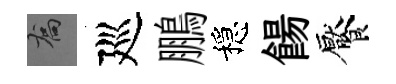
喬廵鵬穩餳饜